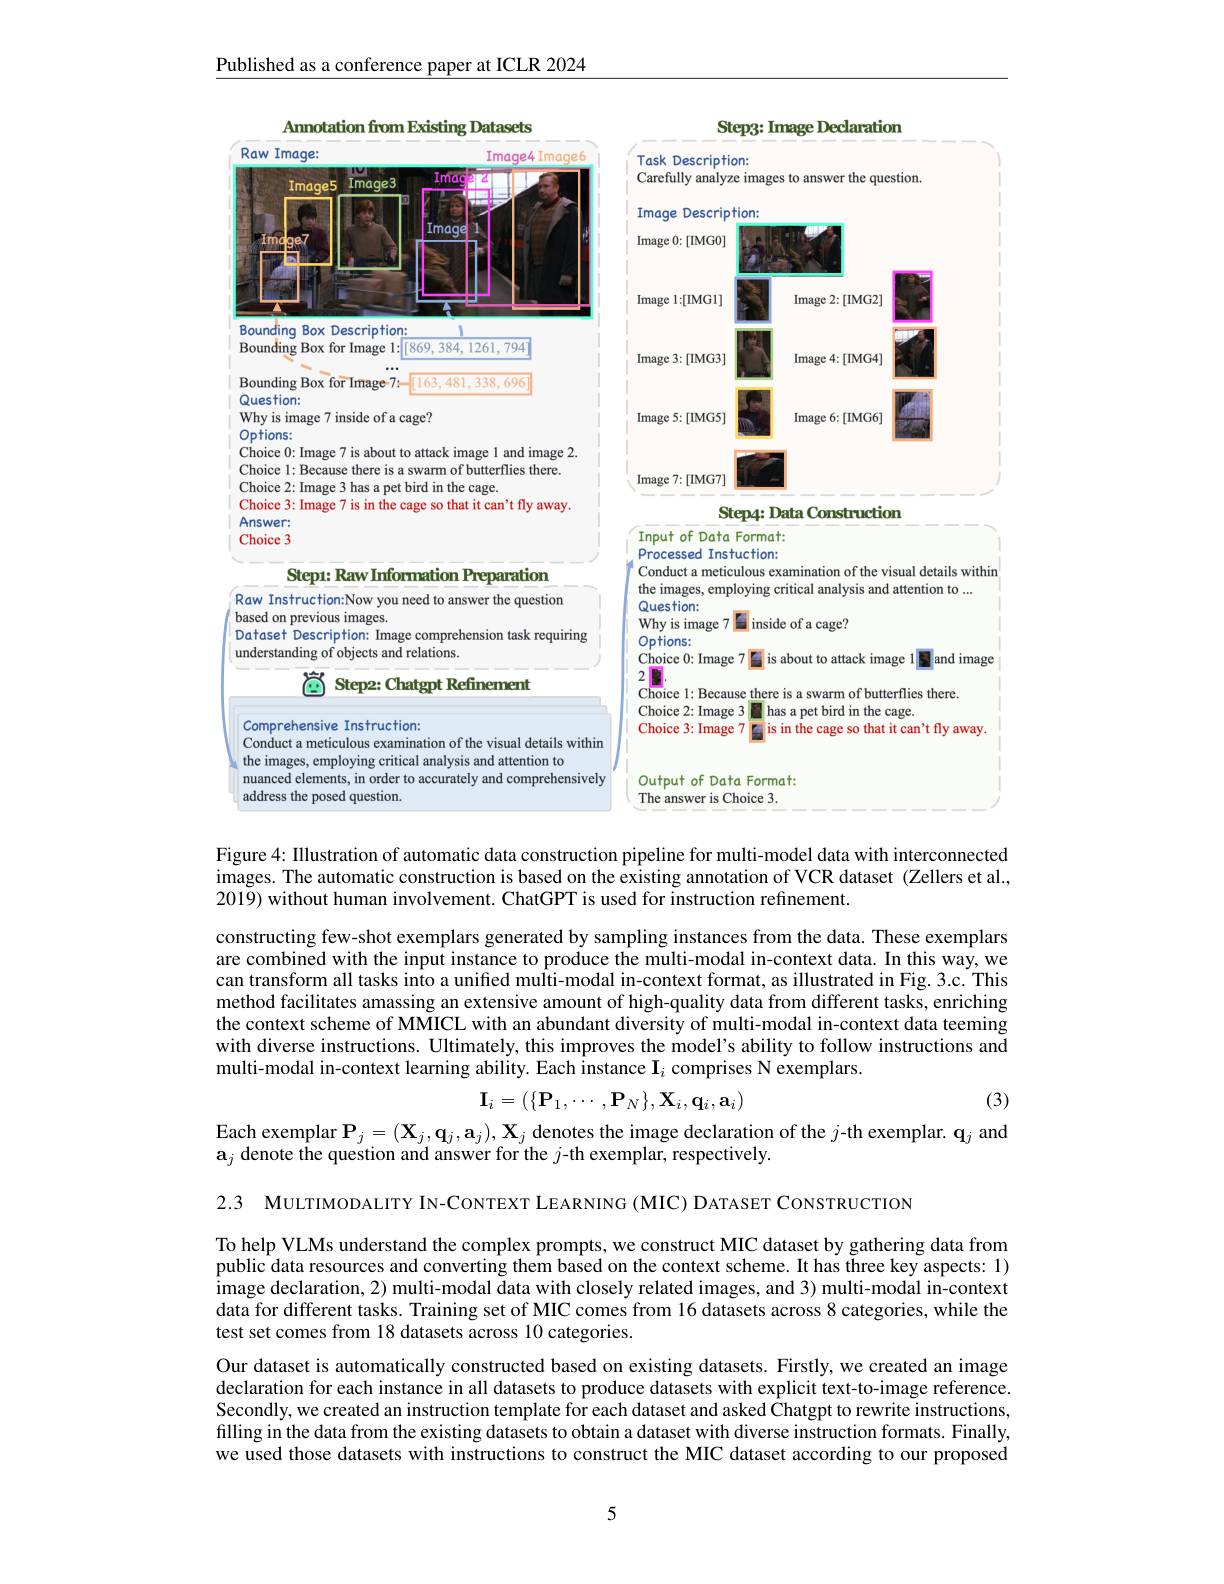
Published as a conference paper at ICLR 2024

<FigureHere>

Figure 4: Illustration of automatic data construction pipeline for multi-model data with interconnected images. The automatic construction is based on the existing annotation of VCR dataset (Zellers et al., 2019) without human involvement. ChatGPT is used for instruction refinement.

constructing few-shot exemplars generated by sampling instances from the data. These exemplars are combined with the input instance to produce the multi-modal in-context data. In this way, we can transform all tasks into a unifed multi-modal in-context format, as illustrated in Fig. 3.c. This method facilitates amassing an extensive amount of high-quality data from different tasks, enriching the context scheme of MMICL with an abundant diversity of multi-modal in-context data teeming with diverse instructions. Ultimately, this improves the model's ability to follow instructions and multi-modal in-context learning ability. Each instance $\mathbf{I}_i$ comprises N exemplars.

(3)
$$\mathbf{I}_i=(\{\mathbf{P}_1,\cdots,\mathbf{P}_N\},\mathbf{X}_i,\mathbf{q}_i,\mathbf{a}_i)$$
Each exemplar $\mathbf{P}_j=(\mathbf{X}_j,\mathbf{q}_j,\mathbf{a}_j),\mathbf{X}_j$ denotes the image declaration of the $j$-th exemplar. $\mathbf{q}_j$ and
$\mathbf{a} _j$ denote the question and answer for the $j$-th exemplar, respectively.

2.3 MULTIMODALITY IN-CONTEXT LEARNING (MIC) DATASET CONSTRUCTION

To help VLMs understand the complex prompts, we construct MIC dataset by gathering data from public data resources and converting them based on the context scheme. It has three key aspects: 1) image declaration, 2) multi- modal data with closely related images, and 3) multi- modal in- context data for different tasks. Training set of MIC comes from 16 datasets across 8 categories, while the test set comes from 18 datasets across 10 categories.

Our dataset is automatically constructed based on existing datasets. Firstly, we created an image declaration for each instance in all datasets to produce datasets with explicit text-to-image reference. Secondly, we created an instruction template for each dataset and asked Chatgpt to rewrite instructions, filling in the data from the existing datasets to obtain a dataset with diverse instruction formats. Finally, we used those datasets with instructions to construct the MIC dataset according to our proposed

5